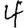
Digit: 4